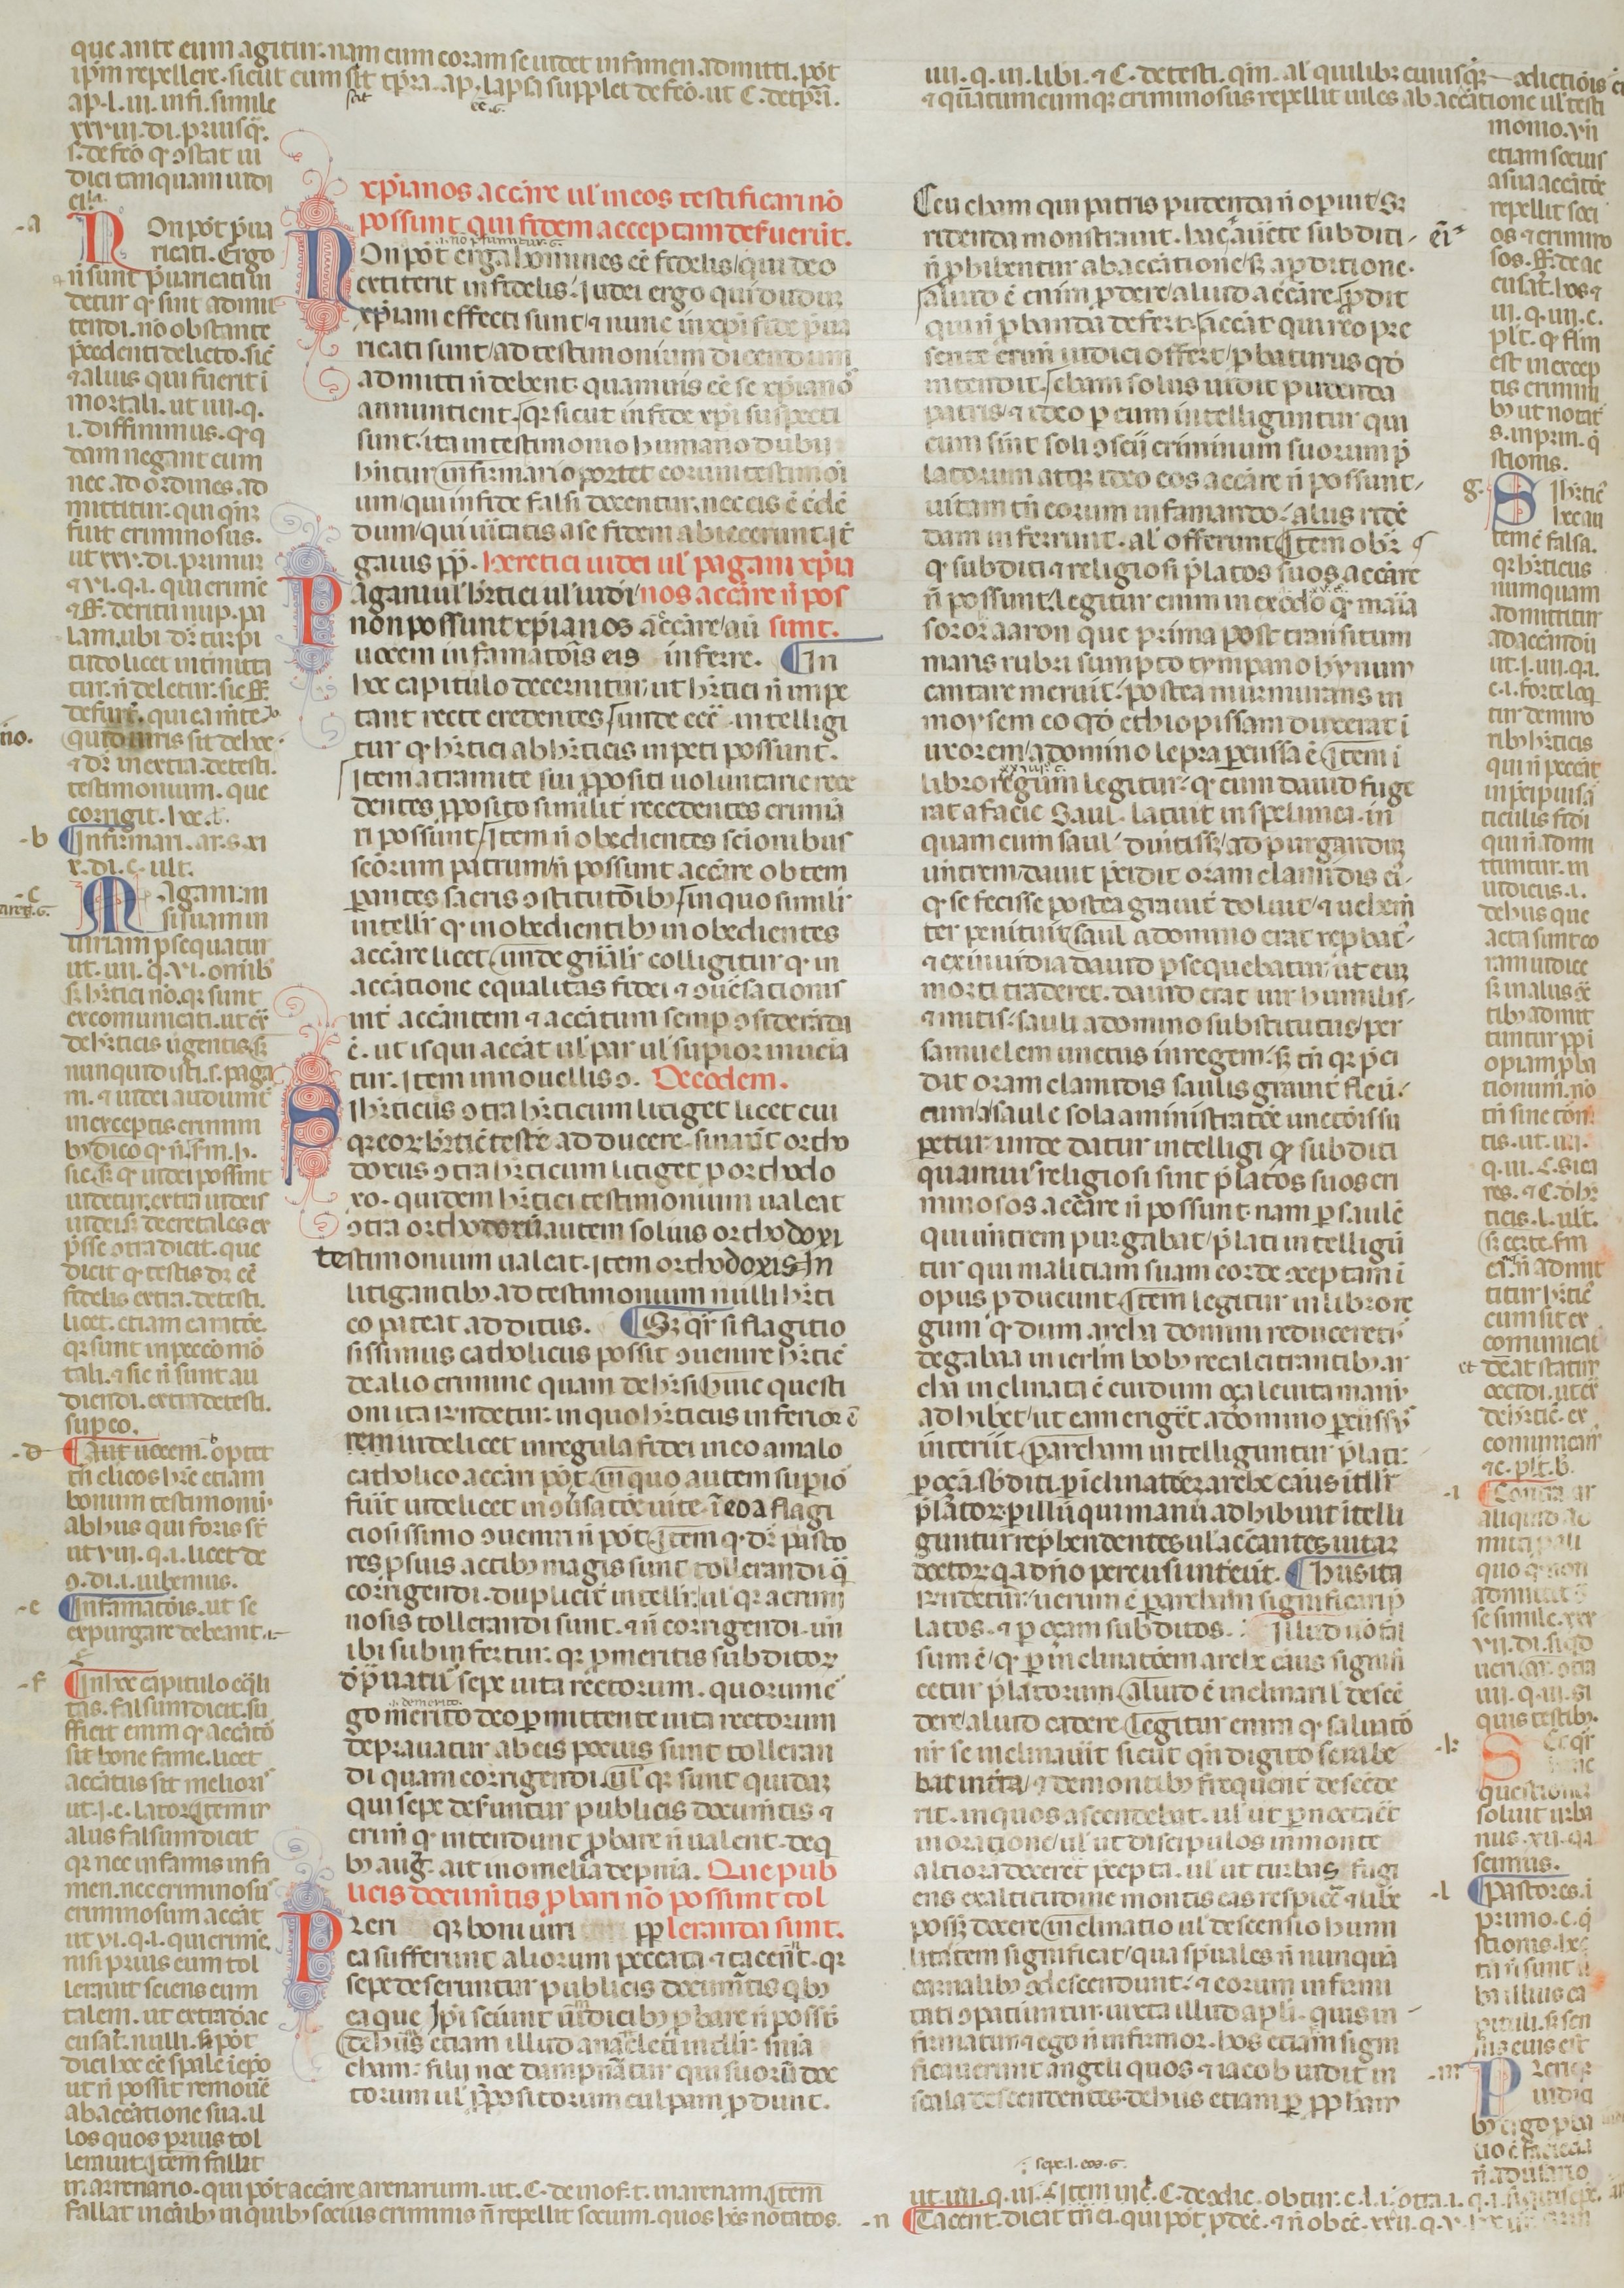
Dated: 1200–1399